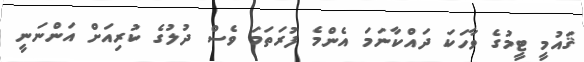
ޤައުމީ ޓީމުގެ ވާހަކަ ދައްކާނަމަ އެންމެ ފުރަތަމަ ވެސް ދުލުގެ ކުރިއަށް އަންނަނީ